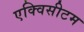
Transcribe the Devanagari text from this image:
एक्विसीटम